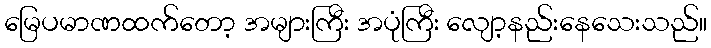
မြေပမာဏထက်တော့ အများကြီး အပုံကြီး လျော့နည်းနေသေးသည်။